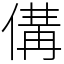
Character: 傋